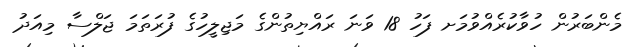
މެންބަރުން ހުވާކުރެއްވުމަށ ފަހު 18 ވަނަ ރައްޔިތުންގެ މަޖިލީހުގެ ފުރަތަމަ ޖަލްސާ މިއަދު